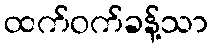
ထက်ဝက်ခန့်သာ